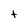
Character: t